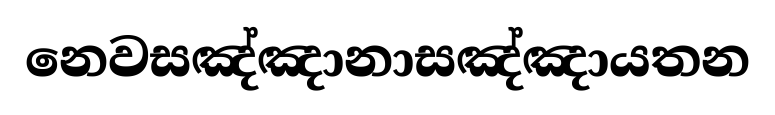
නෙවසඤ්ඤානාසඤ්ඤායතන